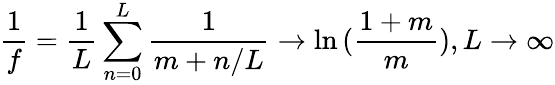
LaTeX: \frac{1}{f}=\frac{1}{L}\sum_{n=0}^{L}\frac{1}{m+n/L}\rightarrow\ln{(\frac{1+m}{m})},L\rightarrow\infty